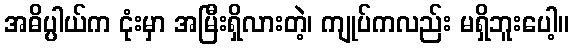
အဓိပ္ပါယ်က ငုံးမှာ အမြီးရှိလားတဲ့၊ ကျုပ်ကလည်း မရှိဘူးပေါ့။